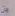
من